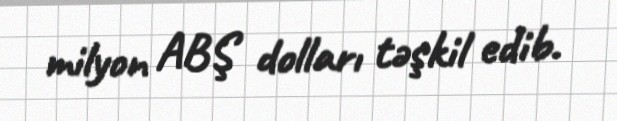
milyon ABŞ dolları təşkil edib.